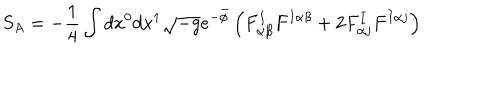
S _ { A } = - \frac { 1 } { 4 } \int d x ^ { 0 } d x ^ { 1 } \sqrt { - g } e ^ { - \bar { \phi } } \left( F _ { \alpha \beta } ^ { I } F ^ { I \alpha \beta } + 2 F _ { \alpha j } ^ { I } F ^ { I \alpha j } \right)